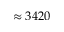
\approx 3 4 2 0